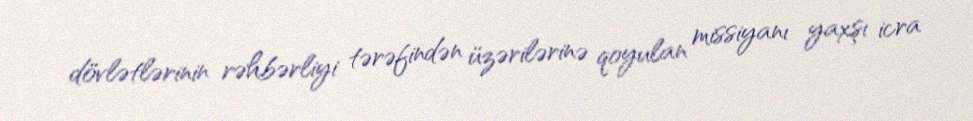
dövlətlərinin rəhbərliyi tərəfindən üzərilərinə qoyulan missiyanı yaxşı icra